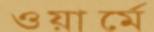
ওয়ার্মে